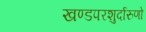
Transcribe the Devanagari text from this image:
खण्डपरशुर्दारुणो